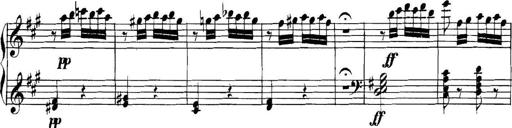
Title: Collected Piano Sonatas
Composer: Muzio Clementi